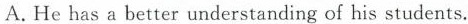
A.He has a better understanding of his students.